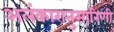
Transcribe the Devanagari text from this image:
अलंकारानुसारिणी